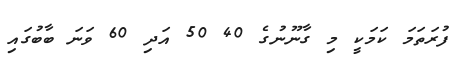
ފުރަތަމަ ކަމަކީ މި ގާނޫނުގެ 40 50 އަދި 60 ވަނަ ބާބުގައި